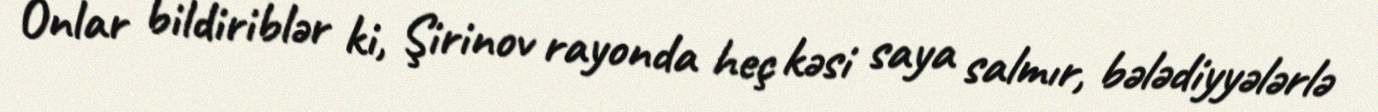
Onlar bildiriblər ki, Şirinov rayonda heç kəsi saya salmır, bələdiyyələrlə